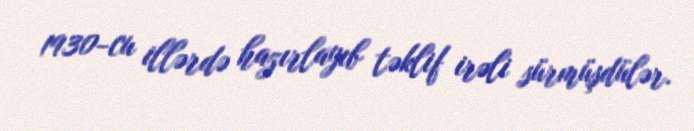
1930-cu illərdə hazırlayıb təklif irəli sürmüşdülər.